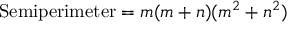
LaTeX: { \mathrm { S e m i p e r i m e t e r } } = m ( m + n ) ( m ^ { 2 } + n ^ { 2 } )